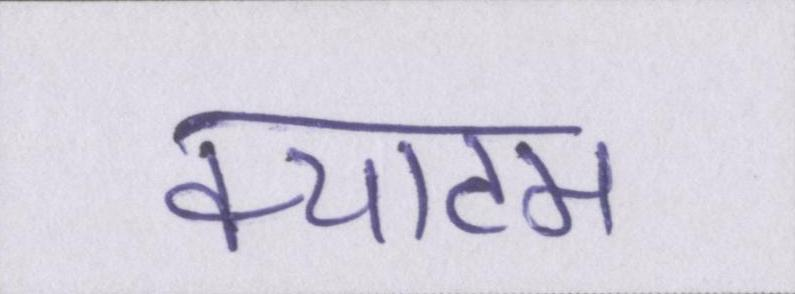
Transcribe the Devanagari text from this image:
क्याटम